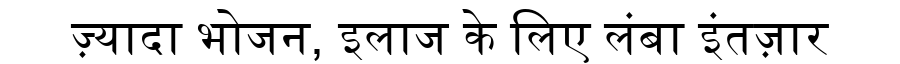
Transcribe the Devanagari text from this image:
ज़्यादा भोजन, इलाज के लिए लंबा इंतज़ार